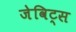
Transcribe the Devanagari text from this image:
जेविट्स